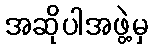
အဆိုပါအဖွဲ့မှ